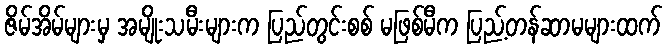
ဇိမ်အိမ်များမှ အမျိုးသမီးများက ပြည်တွင်းစစ် မဖြစ်မီက ပြည့်တန်ဆာမများထက်